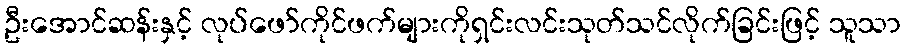
ဦးအောင်ဆန်းနှင့် လုပ်ဖော်ကိုင်ဖက်များကိုရှင်းလင်းသုတ်သင်လိုက်ခြင်းဖြင့် သူသာ